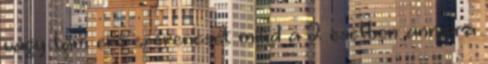
vagy tám erő szerencsét mind a 2 esetben annyira